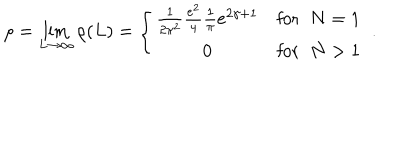
\rho = \lim _ { L \rightarrow \infty } \rho ( L ) = \left\{ \begin{array} { c r } { { \frac { 1 } { 2 \pi ^ { 2 } } \frac { e ^ { 2 } } { 4 } \frac { 1 } { \pi } e ^ { 2 \gamma + 1 } } } & { { \mathrm { f o r } \; \; N = 1 } } \\ { { 0 } } & { { \mathrm { f o r } \; \; N > 1 } } \\ \end{array} \right. \; .